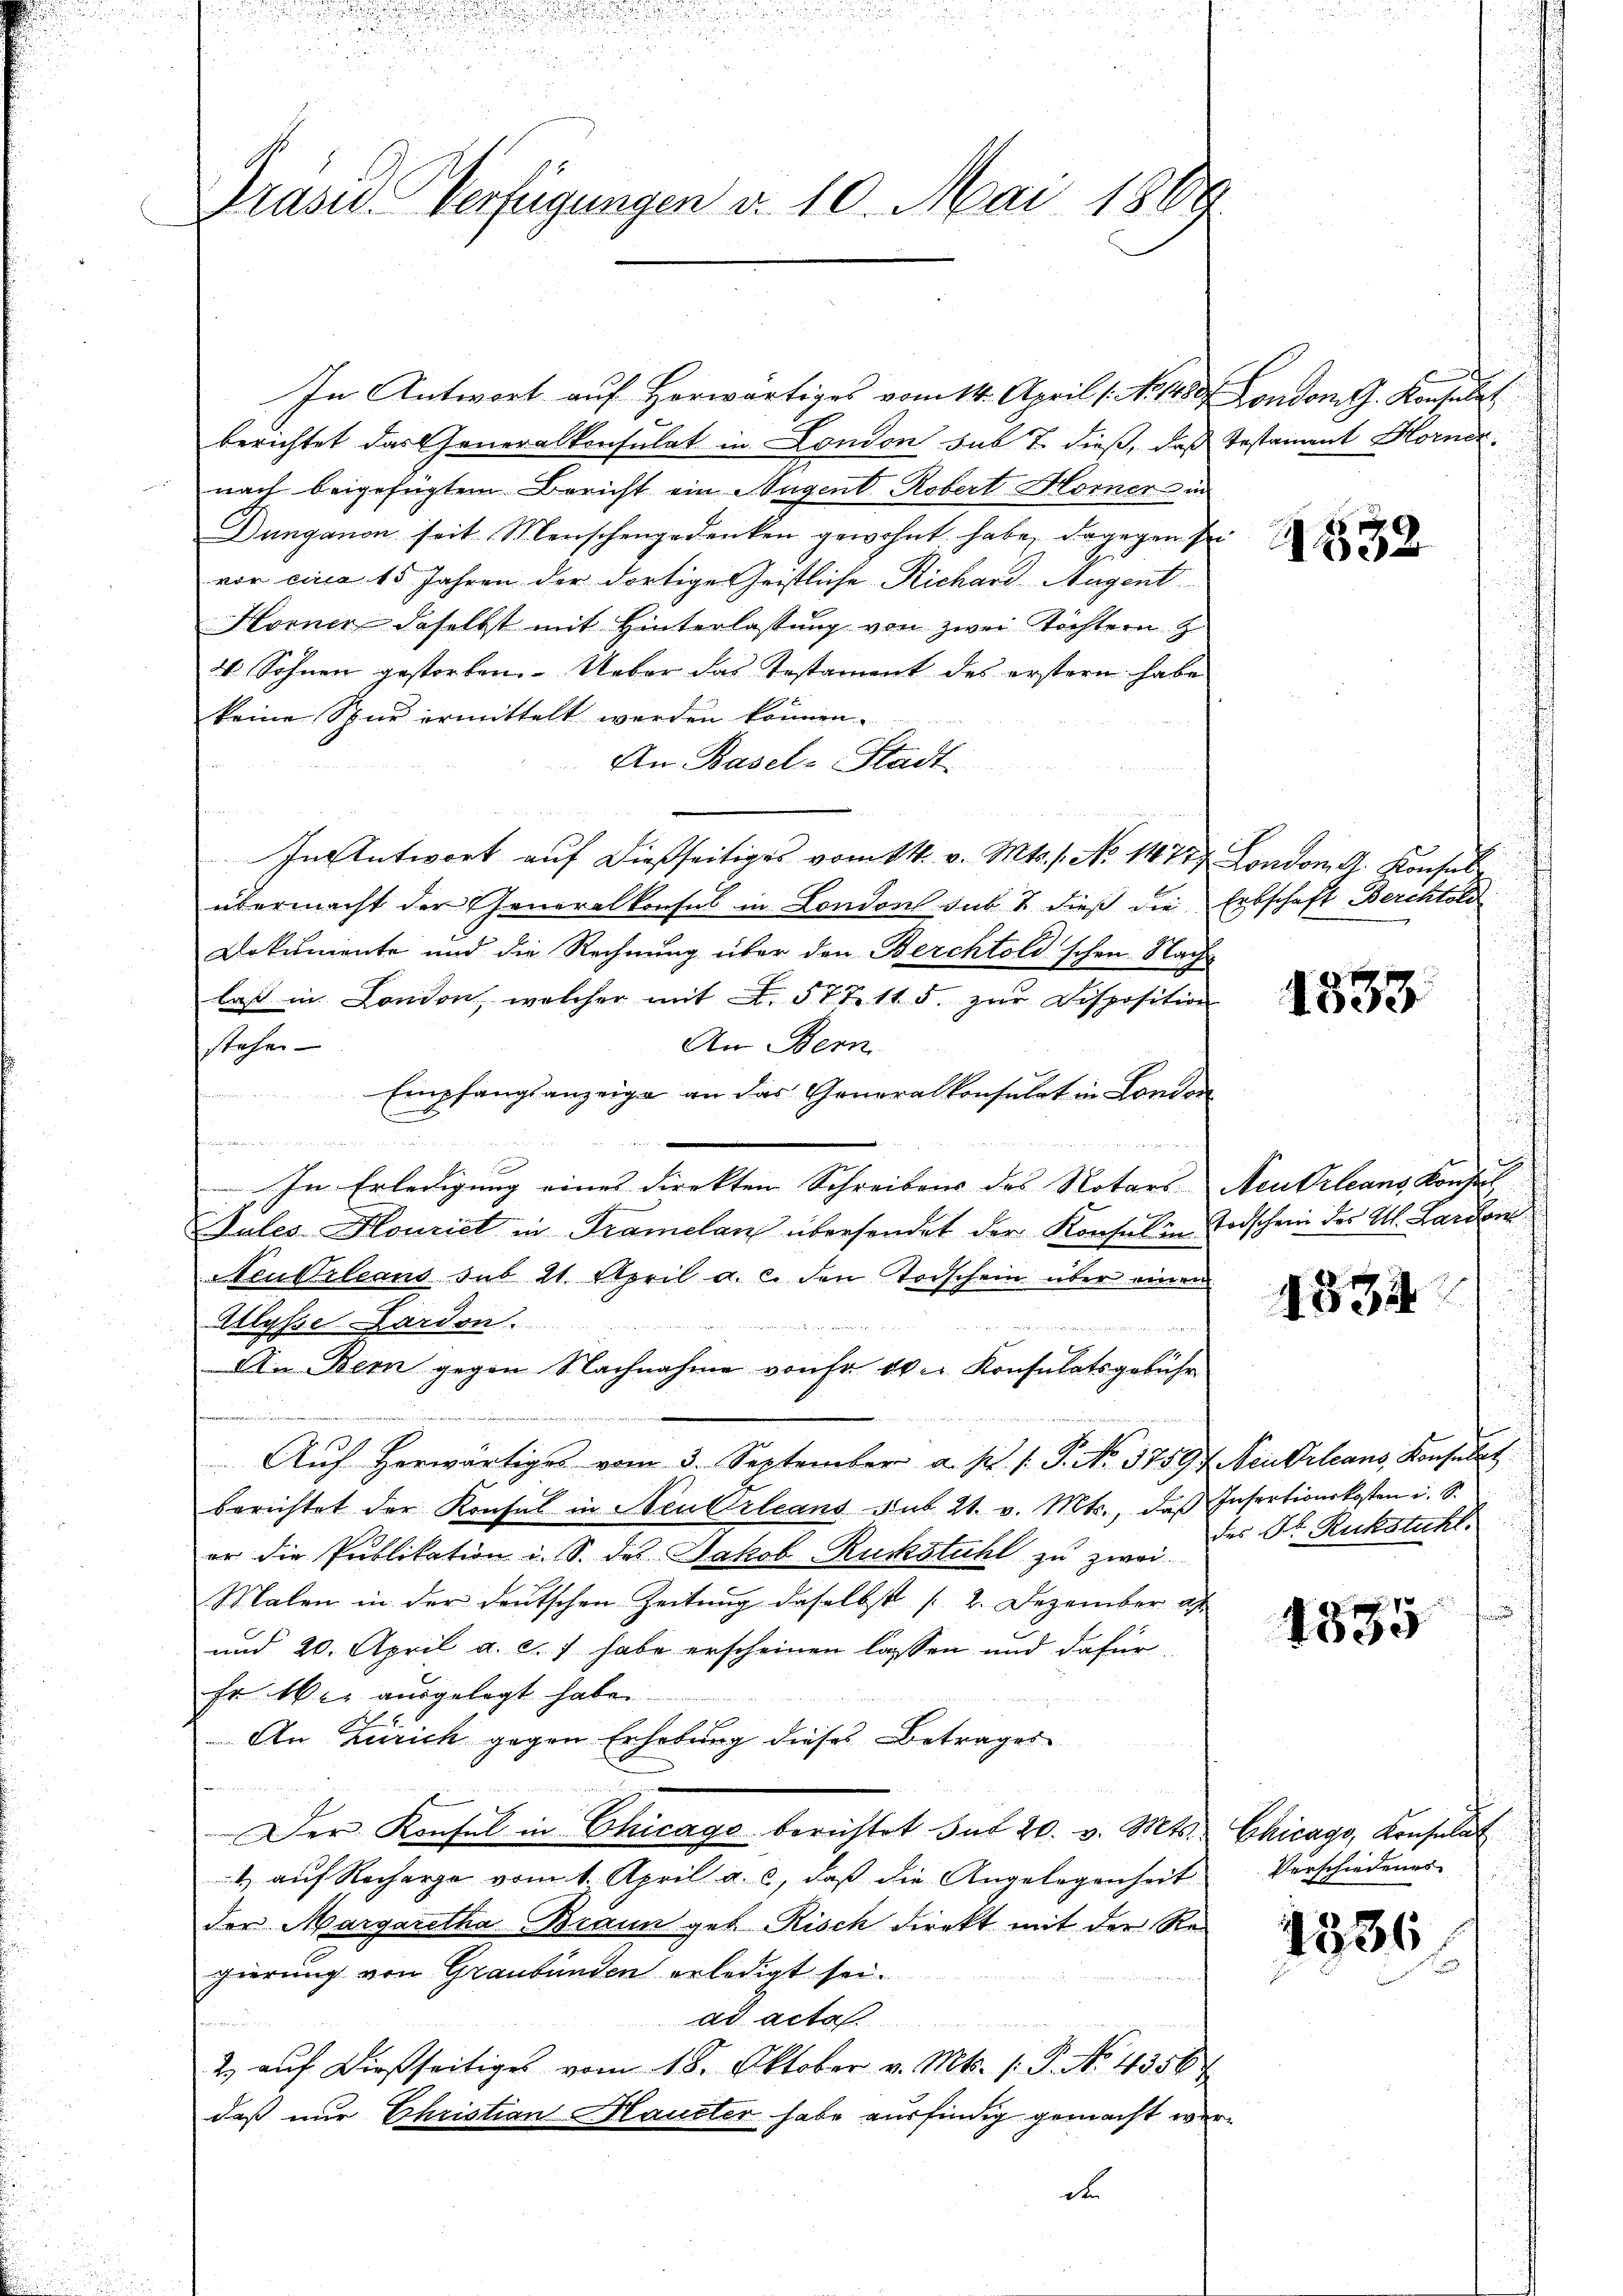
Prasus Verfügungen v. 10. Mai 1869

In Antwort auf Horwärtiges vom 14. April ( No. 1480. Londom. Konsulat
berichtet das Generalkonsulat in London sub 7. dieß, das Testament Horner
nach beigefügtem Bericht ein Hugent Robert Horner - in
Dunganon seit Menschengedenken gewohnt habe, dagegen se
vor circa 15 Jahren der dortige Geistliche Richard-Augent
Horner daselbst mit Hinterlassung von zwei Töchtern z
4 Sohnen gestorben. Ueber das Testament des erstern habe
keine Spur ermittelt werden können.
An Basel-Stadt
In Antwort auf dießseitiges vom 14. v. Mts. 1. No 14777 London. G. Konsul
übermacht der Generalkonsul in London sub 7 dieß die Erbschaft Berchtold
Dokumente und die Rechnung über den Berchtold'schen Nachlaß in London, welcher mit F. 577. 115. zur Disposition
An Bern
Stehen
Empfangsanzeige an das Generalkonsulat in London
E
e
e
In Erledigung eines Direkten Schreibens des Notars Neukrleans Konse
.
Jules Hourist in Tramelan übersendet der Konsul in Todschein des Al. Landen
Neukrleans sub 21. April a. c. den Todschein über einen
Ulysse Dardon.
ge   sie gleic

An Bern gegen Nachnahme von Er der Konsulatsgebühr
t 225. rief v. 225
Aŭf herwärtiges vom 3. September a. p. 1. P. No. 3759f Neukrleans Konsulat
berichtet der Konsul in Neu Orleans Aus 21. v. Mts., das Insertionskosten i. S.
er die Publikation u. S. des Jakob Ruckstuhl zu zwei
Malen in der deutschen Zeitung daselbst (2. Dezember al
und 20. April a. c. 7 habe erscheinen lassen und dafür,
hr Wer ausgelegt habe.
An Zürich gegen Erhebung dieses Betrages
Der Konsul in Chicago berichtet sub 20. v. Mts. Chicago, Konsulat
1) auf Recharge vom 1. April a. c., daß die Angelegenheit
der Margaretha Braun geb. Risch direkt mit der Regierung von Graubünden erledigt sei.
ad acte
2. aŭf dießseitiges vom 18. Oktober v. Mts. 1. P. No. 4356
daß nur Christian Hauster habe ausfindig gemacht werde

t

1532

1833

1834

des Dr. Ruckstuhl.

4555

Verschiedenes

1836